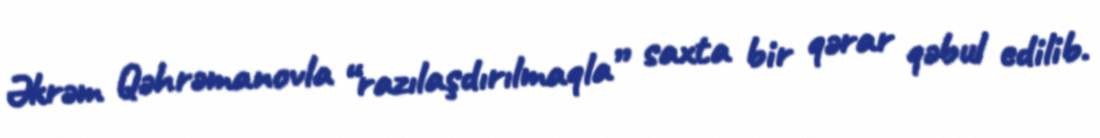
Əkrəm Qəhrəmanovla “razılaşdırılmaqla” saxta bir qərar qəbul edilib.